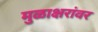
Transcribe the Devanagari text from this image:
मुळाक्षरांवर